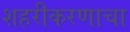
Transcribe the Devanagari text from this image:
शहरीकरणाचा